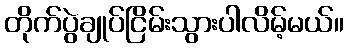
တိုက်ပွဲချုပ်ငြိမ်းသွားပါလိမ့်မယ်။